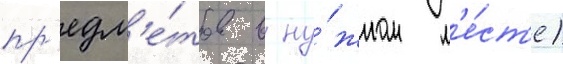
пр'едм'е́тов в ну́жном м'е́ст'е)